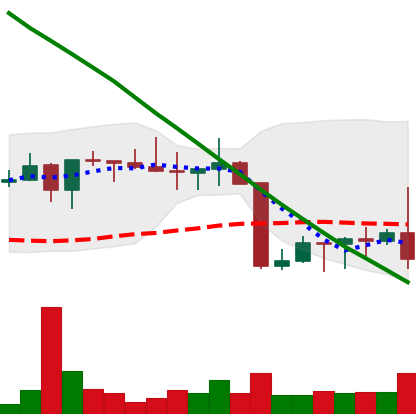
Ticker: XRP-USD
Chart end date: 2022-08-26
Forward return: -3.103%
Label: down_3_5